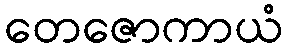
တေဇောကာယံ